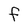
Character: f